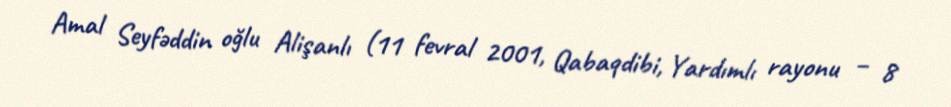
Amal Seyfəddin oğlu Alişanlı (11 fevral 2001, Qabaqdibi, Yardımlı rayonu – 8